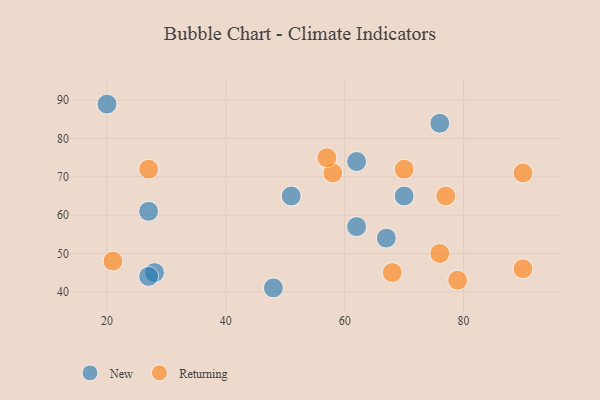
{"axis": {"x": "GDP", "y": "Life Expectancy"}, "legend": ["New", "Returning"], "data": [{"x": "27", "y": 61, "type": "New"}, {"x": "20", "y": 89, "type": "New"}, {"x": "28", "y": 45, "type": "New"}, {"x": "27", "y": 44, "type": "New"}, {"x": "76", "y": 84, "type": "New"}, {"x": "70", "y": 65, "type": "New"}, {"x": "51", "y": 65, "type": "New"}, {"x": "62", "y": 74, "type": "New"}, {"x": "48", "y": 41, "type": "New"}, {"x": "62", "y": 57, "type": "New"}, {"x": "67", "y": 54, "type": "New"}, {"x": "79", "y": 43, "type": "Returning"}, {"x": "58", "y": 71, "type": "Returning"}, {"x": "57", "y": 75, "type": "Returning"}, {"x": "27", "y": 72, "type": "Returning"}, {"x": "21", "y": 48, "type": "Returning"}, {"x": "70", "y": 72, "type": "Returning"}, {"x": "76", "y": 50, "type": "Returning"}, {"x": "68", "y": 45, "type": "Returning"}, {"x": "90", "y": 46, "type": "Returning"}, {"x": "77", "y": 65, "type": "Returning"}, {"x": "90", "y": 71, "type": "Returning"}]}